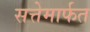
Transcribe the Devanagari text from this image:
सत्तेमार्फत